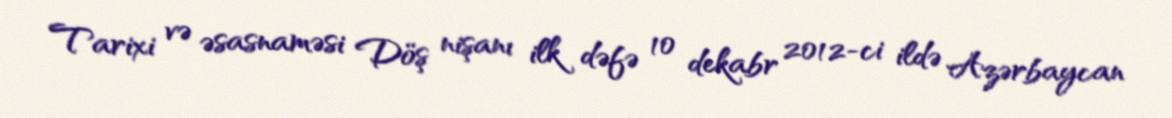
Tarixi və əsasnaməsi Döş nişanı ilk dəfə 10 dekabr 2012-ci ildə Azərbaycan